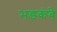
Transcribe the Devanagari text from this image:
भडकंबे